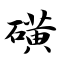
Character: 磺